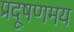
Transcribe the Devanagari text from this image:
प्रदूषणमय